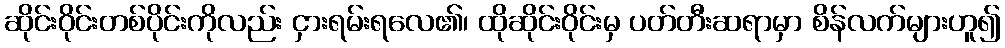
ဆိုင်းဝိုင်းတစ်ပိုင်းကိုလည်း ငှားရမ်းရလေ၏၊ ထိုဆိုင်းဝိုင်းမှ ပတ်တီးဆရာမှာ စိန်လက်များဟူ၍